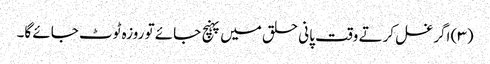
(۳) اگر غسل کرتے وقت پانی حلق میں پہنچ جائے تو روزہ ٹوٹ جائے گا۔